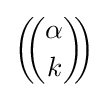
\left(\!\!{\alpha  \choose k}\!\!\right)